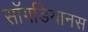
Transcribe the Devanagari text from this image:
सॉगडियानस